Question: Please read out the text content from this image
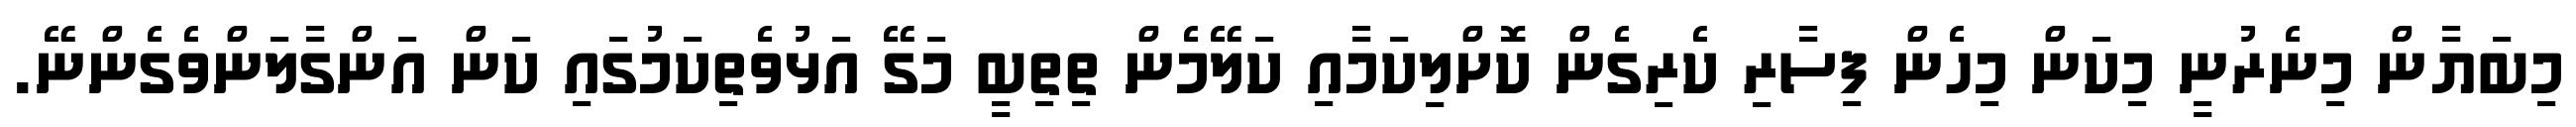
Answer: މިބަޔާން މިނެރުނީ މިކަން މިހެން ފިސާރި ކެރިގެން ކޮށްލިކަމާއި ކަލޭމެން ތިތިބީ މަގޭ އަޅުވެތިކަމުގައި ކަން އަންގާލަންވެގެންނޭ.